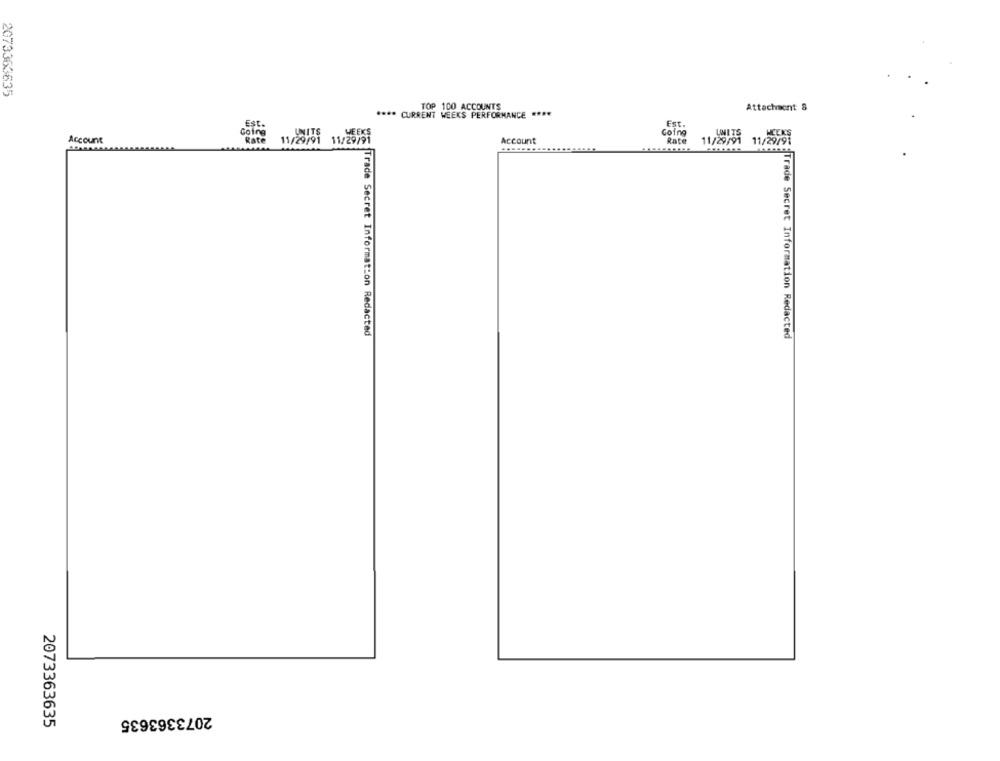
2073363635
TOP 100 ACCOUNTS
Attachment &
**** CURRENT WEEKS PERFORMANCE ****
Est.
coTre
Going
UNITS
Account
11/29/91 11/29/91
Account
Rate
11/29/91
11/29/91
Trade Secret Information Redacted
Trade Secret Information Redacted
2073363635
2073363635